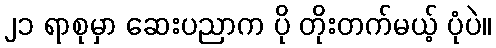
၂၁ ရာစုမှာ ဆေးပညာက ပို တိုးတက်မယ့် ပုံပဲ။